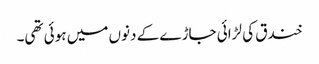
خندق کی لڑائی جاڑے کے دنوں میں ہوئی تھی۔